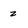
Character: 2